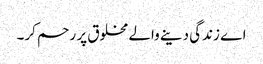
اے زندگی دینے والے مخلوق پر رحم کر۔